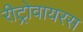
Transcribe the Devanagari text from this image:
रीट्रोवायरस